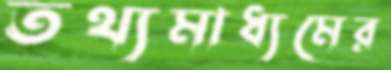
তথ্যমাধ্যমের